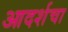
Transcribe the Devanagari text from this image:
आदर्शचा